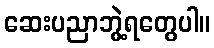
ဆေးပညာဘွဲ့ရတွေပါ။